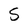
Character: 5